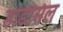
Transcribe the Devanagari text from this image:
डोडेसिल